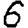
Digit: 6